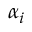
\alpha _ { i }